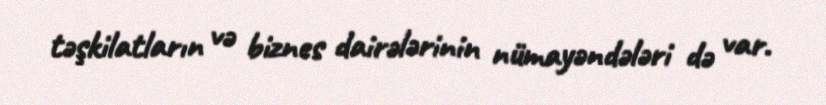
təşkilatların və biznes dairələrinin nümayəndələri də var.